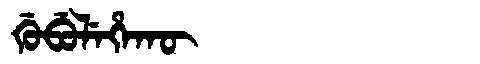
Manchu: ᡤᡠᠪᡠᠯᡝᡥᠠᡴᡡ
Romanization: GUBULEHAKŪ